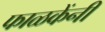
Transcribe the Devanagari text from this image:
फाळकेंनी